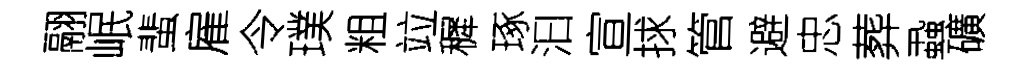
翮岷蜚雇令璞粗竝穉琢汩宣捄管避忠葬蝨礦